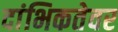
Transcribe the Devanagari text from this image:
दांभिकतेवर